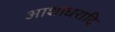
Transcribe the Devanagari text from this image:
आशाधरादि